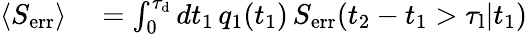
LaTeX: \begin{array}{rl}{\langle S_{\mathrm{err}}\rangle}&{{}=\int_{0}^{\tau_{\mathrm{d}}}dt_{1}\, q_{1}(t_{1})\, S_{\mathrm{err}}(t_{2}-t_{1}>\tau_{\mathrm{l}}|t_{1})}\end{array}